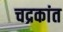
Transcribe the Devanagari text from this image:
चद्रकांत